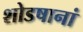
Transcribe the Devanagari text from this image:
शोडषानां